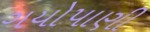
ગયોપાણી